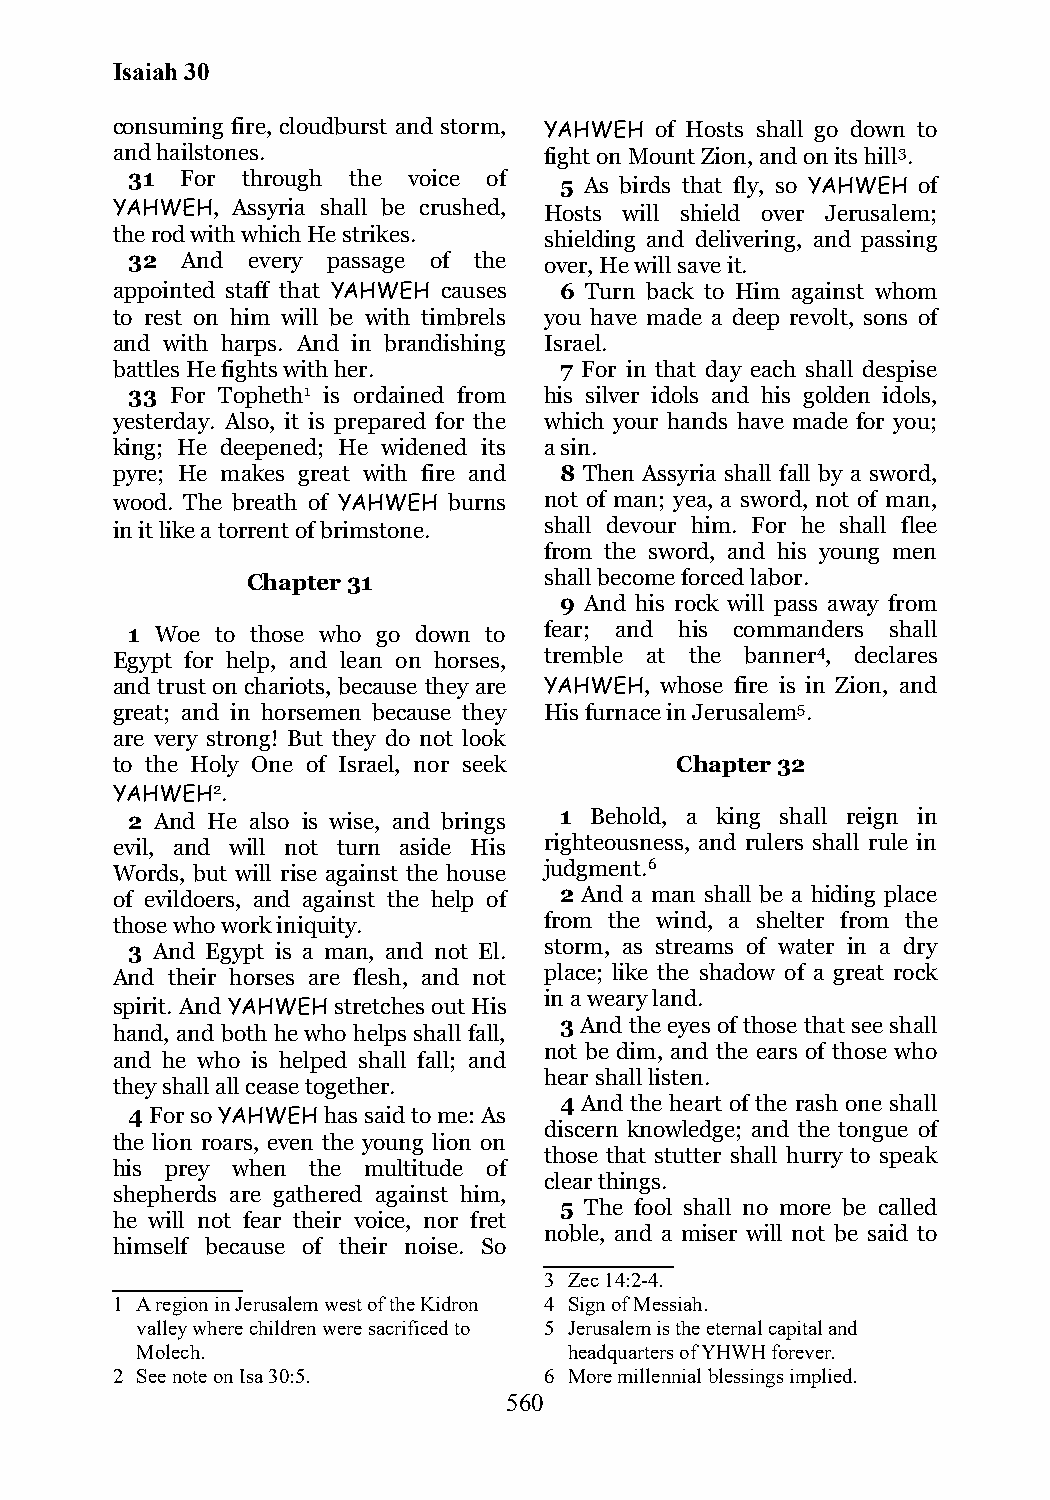
Isaiah 30
 consuming fire, cloudburst and storm, YAHWEH of Hosts shall go down to
 and hailstones.              fight on Mount Zion, and on its hill3.
 31  For through the voice of
 5 As birds that fly, so YAHWEH of
 YAHWEH, Assyria shall be crushed, Hosts will shield over Jerusalem;
 the rod with which He strikes. shielding and delivering, and passing
 32  And every passage of the over, He will save it.
 appointed staff that YAHWEH causes 6 Turn back to Him against whom
 to rest on him will be with timbrels you have made a deep revolt, sons of
 and with harps. And in brandishing Israel.
 battles He fights with her.   7 For in that day each shall despise
 33 For Topheth1 is ordained from his silver idols and his golden idols,
 yesterday. Also, it is prepared for the which your hands have made for you;
 king; He deepened; He widened its a sin.
 pyre; He makes great with fire and 8 Then Assyria shall fall by a sword,
 wood. The breath of YAHWEH burns not of man; yea, a sword, not of man,
 in it like a torrent of brimstone. shall devour him. For he shall flee
 from the sword, and his young men
 Chapter 31          shall become forced labor.
 9 And his rock will pass away from
 1 Woe to those who go down to fear; and his commanders shall
 Egypt for help, and lean on horses, tremble at the banner4, declares
 and trust on chariots, because they are YAHWEH, whose fire is in Zion, and
 great; and in horsemen because they His furnace in Jerusalem5.
 are very strong! But they do not look
 to the Holy One of Israel, nor seek   Chapter 32
 YAHWEH2.
 2 And He also is wise, and brings 1 Behold, a king shall reign in
 evil, and will not turn aside His righteousness, and rulers shall rule in
 Words, but will rise against the house judgment.6
 of evildoers, and against the help of 2 And a man shall be a hiding place
 those who work iniquity.     from the wind, a shelter from the
 3 And Egypt is a man, and not El. storm, as streams of water in a dry
 And their horses are flesh, and not place; like the shadow of a great rock
 in a weary land.
 spirit. And YAHWEH stretches out His
 3 And the eyes of those that see shall
 hand, and both he who helps shall fall,
 not be dim, and the ears of those who
 and he who is helped shall fall; and
 hear shall listen.
 they shall all cease together.
 4 And the heart of the rash one shall
 4 For so YAHWEH has said to me: As
 discern knowledge; and the tongue of
 the lion roars, even the young lion on
 those that stutter shall hurry to speak
 his prey when the multitude of
 clear things.
 shepherds are gathered against him,
 5 The fool shall no more be called
 he will not fear their voice, nor fret
 noble, and a miser will not be said to
 himself because of their noise. So
 3 Zec 14:2-4.
 1 A region in Jerusalem west of the Kidron 4 Sign of Messiah.
 valley where children were sacrificed to 5 Jerusalem is the eternal capital and
 Molech.                      headquarters of YHWH forever.
 2 See note on Isa 30:5.      6 More millennial blessings implied.
 560